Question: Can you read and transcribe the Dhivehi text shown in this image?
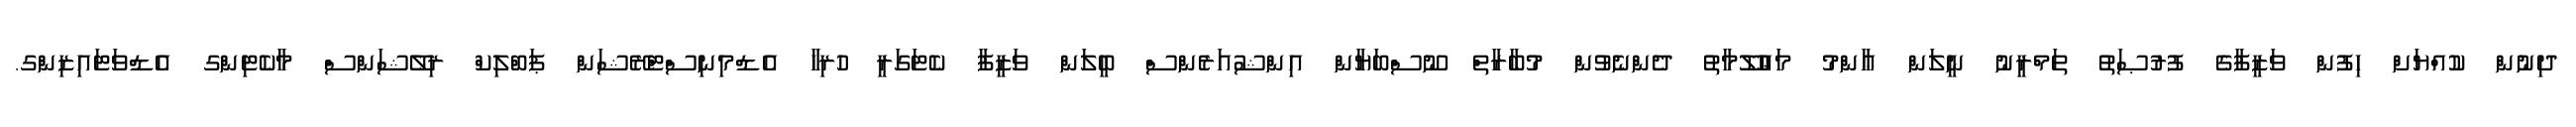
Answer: ދިނުން ކުއްޔަށް ހިފުން ވަޒީފާގެ ފުރުޞަތު ތަމްރީނު ނީލަން ޢާންމު މަޢުލޫމާތު ދެންނެވުން މުބާރާތް ނޫސްބަޔާން އިންޝުއަރެންސް ބީލަން ވަޒީފާ ކެޓަގަރީ ހުރިހާ އެޑްމިނިސްޓްރޭޝަން ޕަބްލިކް ރިލޭޝަންސް މާކެޓިންގ އެޑްވަޓައިޒިންގ.